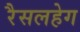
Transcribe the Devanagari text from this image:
रैसलहेग